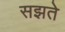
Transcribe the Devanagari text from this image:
सझते